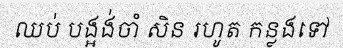
ឈប់ បង្អង់ចាំ សិន រហូត កន្លងទៅ